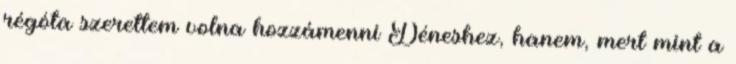
régóta szerettem volna hozzámenni Déneshez, hanem, mert mint a